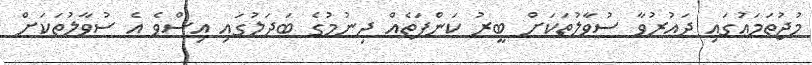
މުޖުތަމަޢުގައި ދައުރުވާ ސުވާލުތަކަށް ބީރު ކަންފަތެއް ދިނުމުގެ ބަދަލުގައި އިސްވެ އެ ސުވާލުތަކަށް